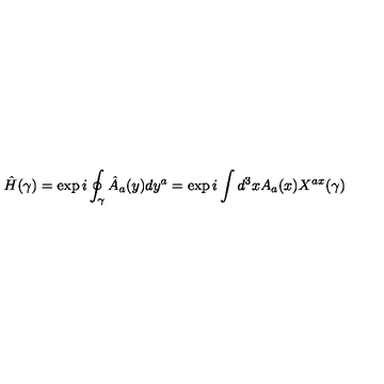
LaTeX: { \hat { H } } ( \gamma ) = \exp { i \oint _ { \gamma } { \hat { A } } _ { a } ( y ) d y ^ { a } } = \exp { i \int d ^ { 3 } x A _ { a } ( x ) X ^ { a x } ( \gamma ) }